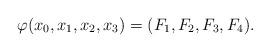
LaTeX: \begin{align*}\varphi(x_0,x_1,x_2,x_3)=(F_1, F_2, F_3, F_4).\end{align*}